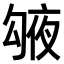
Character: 𠅱